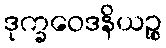
ဒုက္ခဝေဒနိယဉ္စ